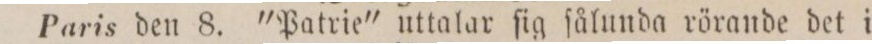
Paris den 8. "Patrie" uttalar ſig ſålunda rörande det i